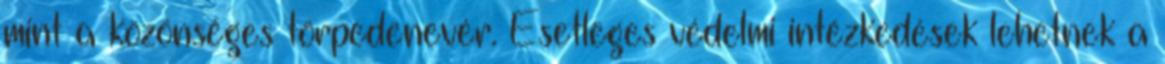
mint a közönséges törpedenevér. Esetleges védelmi intézkedések lehetnek a